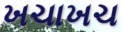
ખચાખચ